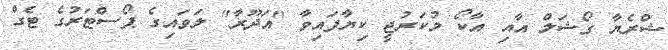
ޝްރެޔާ ގޯޝަލް އާއި އާކޯ މުކަރުޖީ ކިޔާފައިވާ "އަދޫރާ" ލަވައިގެ ޕޯސްޓަރުގެ ޓެގް